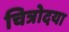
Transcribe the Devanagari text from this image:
चित्रोदया